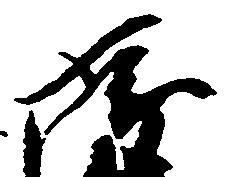
孝